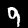
Digit: 9